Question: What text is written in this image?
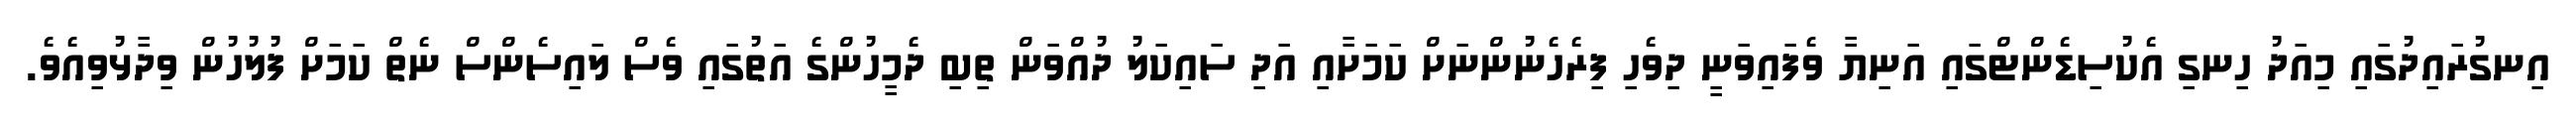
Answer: އިނގުރައިދުގައި މިއަދު ހިނގި އެކުސިޑެންޓްގައި އަނިޔާ ވެފައިވަނީ ދިވެހި ފިރެހެނުންނަށް ކަމަށާއި އަދި ސައިކަލު ދުއްވަން ތިބި ދެމީހުންގެ އަތުގައި ވެސް ލައިސެންސް ނެތް ކަމަށް ފުލުހުން ވިދާޅުވިއެވެ.